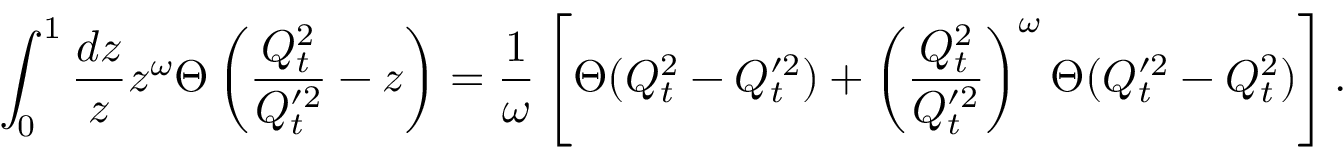
\int _ { 0 } ^ { 1 } { \frac { d z } { z } } z ^ { \omega } \Theta \left( { \frac { Q _ { t } ^ { 2 } } { Q _ { t } ^ { \prime 2 } } } - z \right) = { \frac { 1 } { \omega } } \left[ \Theta ( Q _ { t } ^ { 2 } - Q _ { t } ^ { \prime 2 } ) + \left( { \frac { Q _ { t } ^ { 2 } } { Q _ { t } ^ { \prime 2 } } } \right) ^ { \omega } \Theta ( Q _ { t } ^ { \prime 2 } - Q _ { t } ^ { 2 } ) \right] .